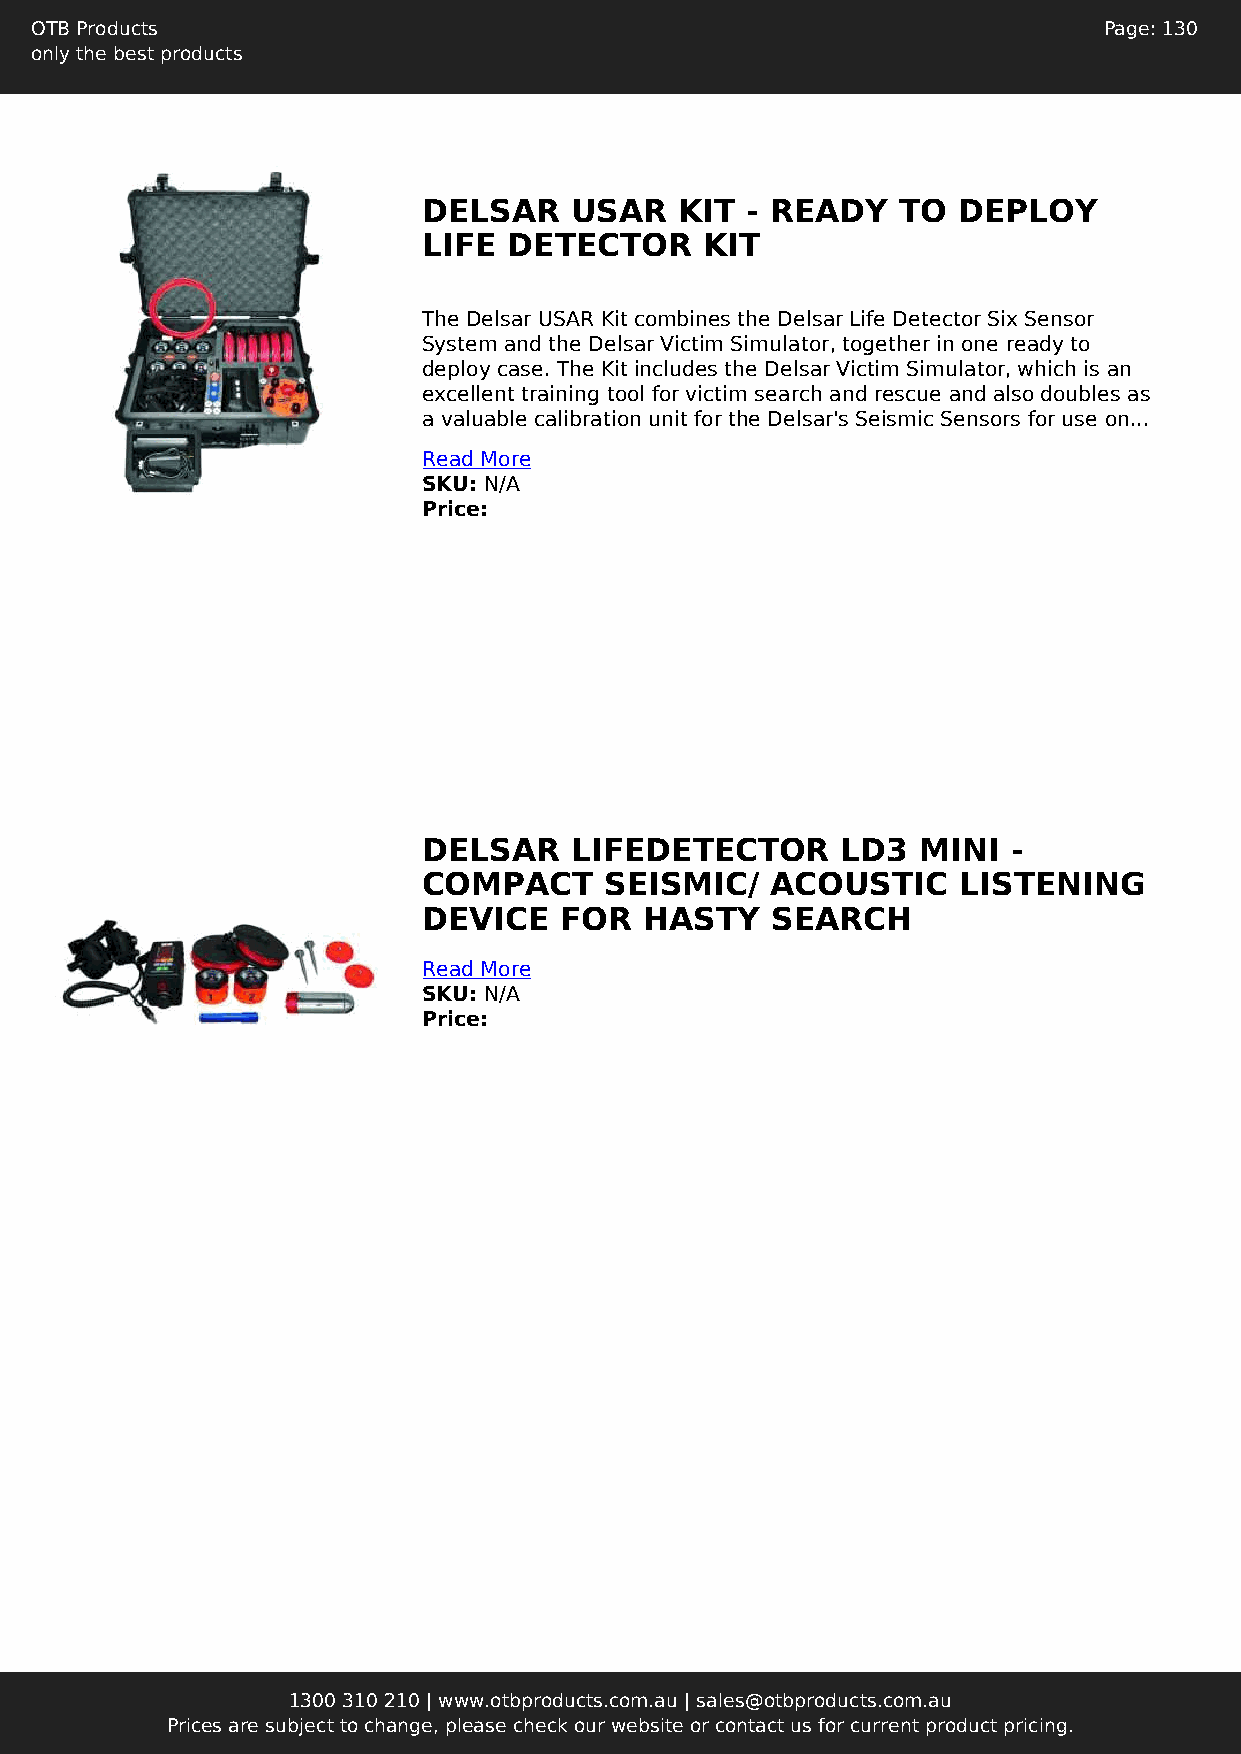
OTB Products                                                           Page: 130
 only the best products
 DELSAR    USAR   KIT - READY    TO DEPLOY
 LIFE  DETECTOR     KIT
 The Delsar USAR Kit combines the Delsar Life Detector Six Sensor
 System and the Delsar Victim Simulator, together in one ready to
 deploy case. The Kit includes the Delsar Victim Simulator, which is an
 excellent training tool for victim search and rescue and also doubles as
 a valuable calibration unit for the Delsar's Seismic Sensors for use on...
 Read More
 SKU: N/A
 Price:
 DELSAR    LIFEDETECTOR      LD3  MINI  -
 COMPACT     SEISMIC/   ACOUSTIC    LISTENING
 DEVICE   FOR   HASTY   SEARCH
 Read More
 SKU: N/A
 Price:
 1300 310 210 | www.otbproducts.com.au | sales@otbproducts.com.au
 Prices are subject to change, please check our website or contact us for current product pricing.